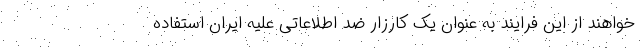
خواهند از این فرایند به عنوان یک کارزار ضد اطلاعاتی علیه ایران استفاده